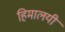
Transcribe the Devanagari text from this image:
हिमालयी